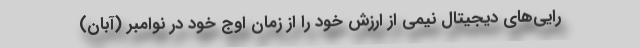
رایی‌های دیجیتال نیمی از ارزش خود را از زمان اوج خود در نوامبر (آبان)